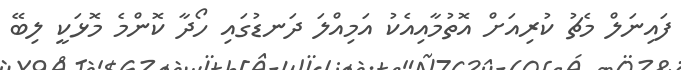
ފައިނަލް މެޗު ކުރިއަށް އޮތުމާއިއެކު އަމިއްލަ ދަނޑުގައި ހޯދާ ކޮންމެ މޮޅަކީ ލިބޭ